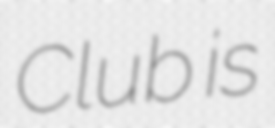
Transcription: Club is